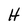
Character: H